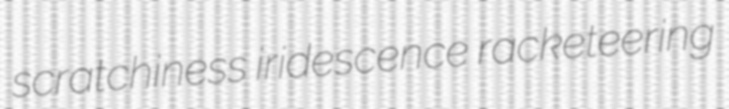
scratchiness iridescence racketeering